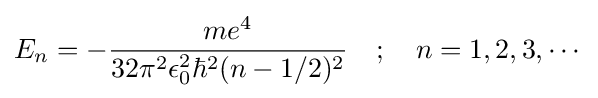
E_{n}=-{\frac {me^{4}}{32\pi ^{2}\epsilon _{0}^{2}\hbar ^{2}(n-1/2)^{2}}}\quad ;\quad n=1,2,3,\cdots